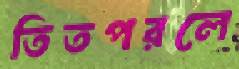
তিতপরলে